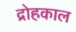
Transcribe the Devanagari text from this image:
द्रोहकाल